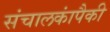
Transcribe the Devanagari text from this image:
संचालकांपैकी